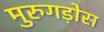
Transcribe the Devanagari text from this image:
मुरुगड़ोस